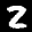
Label: 2